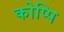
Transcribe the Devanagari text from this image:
कोप्पि